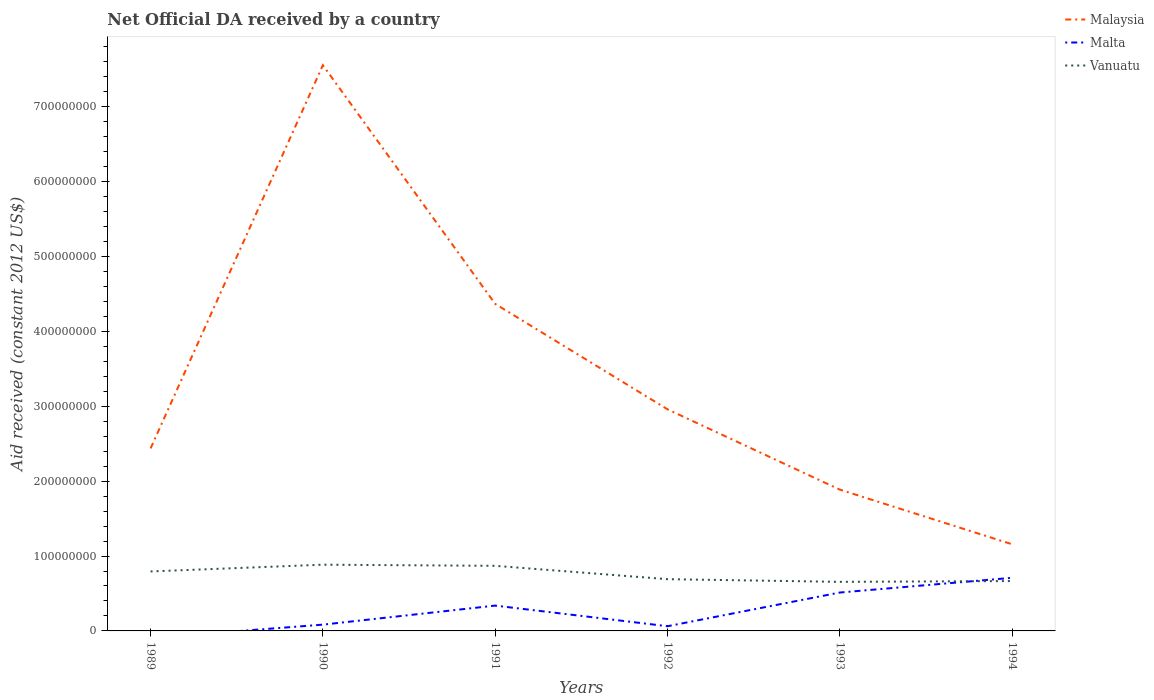
| Years | Malaysia | Malta | Vanuatu |
 | --- | --- | --- | --- |
 | 1989 | 2.44e+08 | -9.18e+06 | 7.94e+07 |
 | 1990 | 7.56e+08 | 8.39e+06 | 8.85e+07 |
 | 1991 | 4.37e+08 | 3.38e+07 | 8.69e+07 |
 | 1992 | 2.96e+08 | 6.27e+06 | 6.91e+07 |
 | 1993 | 1.89e+08 | 5.13e+07 | 6.55e+07 |
 | 1994 | 1.16e+08 | 7.1e+07 | 6.66e+07 |